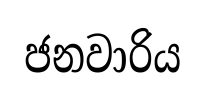
ජනවාරිය